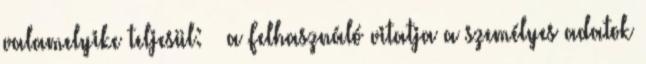
valamelyike teljesül: · a Felhasználó vitatja a személyes adatok